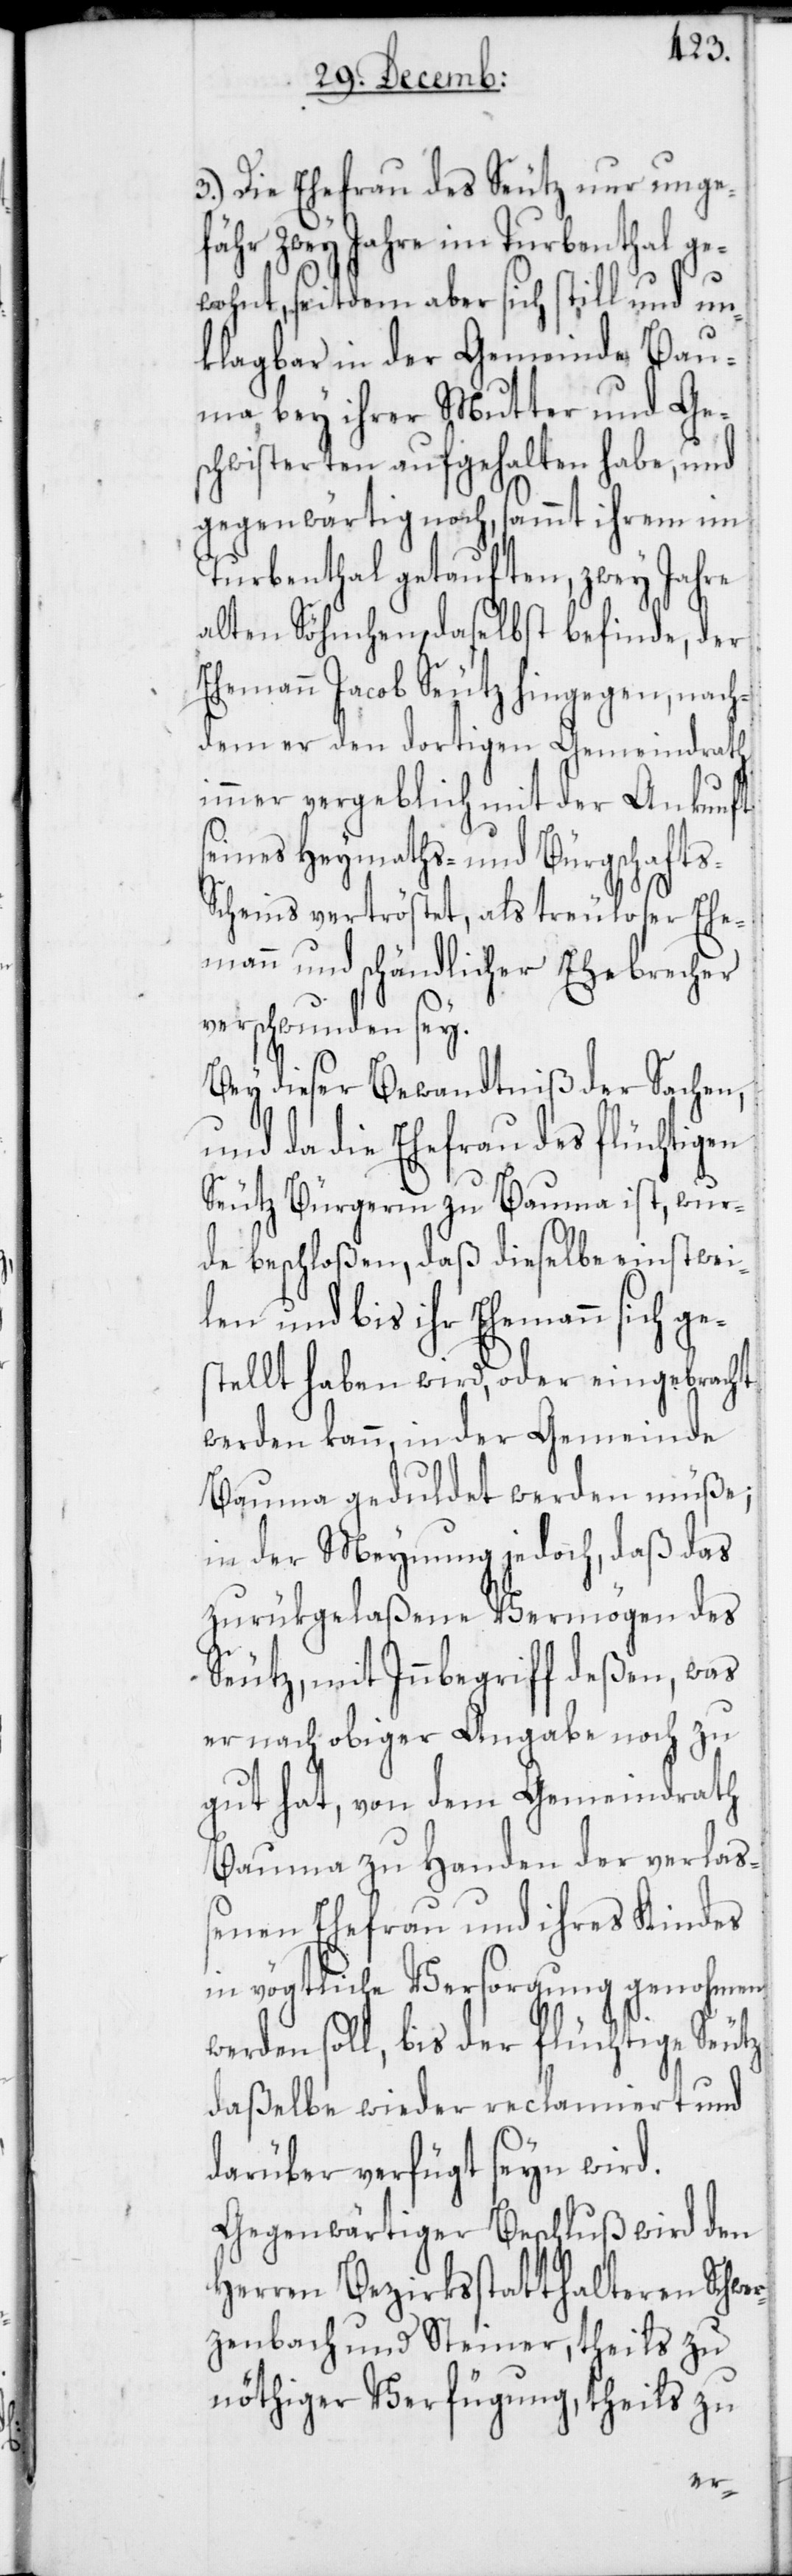
3.) Die Ehefrau des Seutz nur unge¬
fähr zwey Jahre im Turbenthal ge¬
wohnt, seitdem aber sich still und un¬
klagbar in der Gemeinde Bau¬
ma bey ihrer Mutter und Ges¬
chwisterten aufgehalten habe, und
gegenwärtig noch, sammt ihrem im
Turbenthal getauften, zwey Jahre
alten Söhnchen, daselbst befinde, der
Ehemann Jacob Seutz hingegen, nach¬
dem er den dortigen Gemeindrath
immer vergeblich mit der Ankunft
seines Heymaths- und Bürgschaft-S¬
cheins vertröstet, als treuloser Ehe¬
mann und schändlicher Ehebrecher
verschwunden sey.
Bey dieser Bewandtniß der Sachen,
und da die Ehefrau des flüchtigen
Seutz Bürgerin zu Bauma ist, wur¬
de beschloßen, daß dieselbe einstwei¬
len und bis ihr Ehemann sich ges¬
tellt haben wird, oder eingebracht
werden kann, in der Gemeinde
Bauma geduldet werden müße;
in der Meynung jedoch, daß das
zurükgelaßene Vermögen des
Seutz, mit Innbegriff deßen, was
er nach obiger Angabe noch zu
gut hat, von dem Gemeindrath
Bauma zu Handen der verlaß¬
enen Ehefrau und ihres Kindes
in vögtliche Versorgung genohmen
soll, bis der flüchtige Seutz
daßelbe wieder reclamiert und
darüber verfügt seyn wird.
Gegenwärtiger Beschluß wird den
Herren Bezirksstatthalteren Schwe¬
rzenbach und Steiner, theils zu
nöthiger Verfügung, theils zu